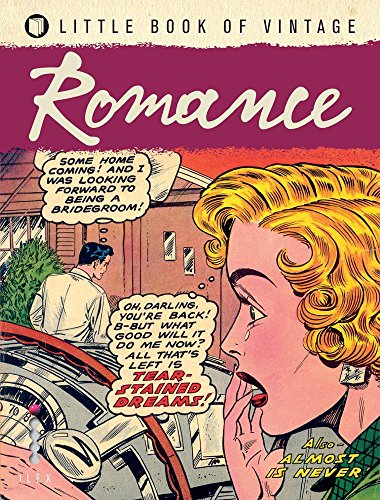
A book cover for Little Book Of Vintage: Romance; Tim Pilcher; Comics & Graphic Novels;